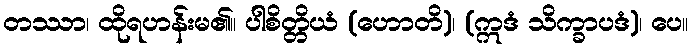
တဿာ၊ ထိုရဟန်းမ၏။ ပါစိတ္တိယံ (ဟောတိ)၊ (ဣဒံ သိက္ခာပဒံ)၊ ပေ။